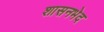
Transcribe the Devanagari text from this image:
शासनभेद